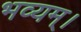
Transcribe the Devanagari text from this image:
भव्यम्।